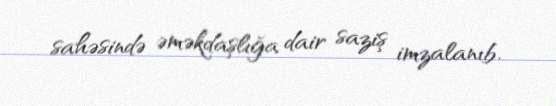
sahəsində əməkdaşlığa dair saziş imzalanıb.